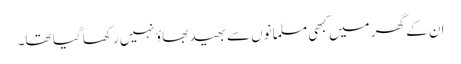
ان کے گھر میں کبھی مسلمانوں سے بھید بھاؤ نہیں رکھا گیا تھا۔